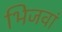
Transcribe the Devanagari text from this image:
भिजवां